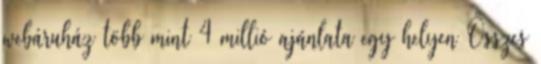
webáruház több mint 4 millió ajánlata egy helyen Összes